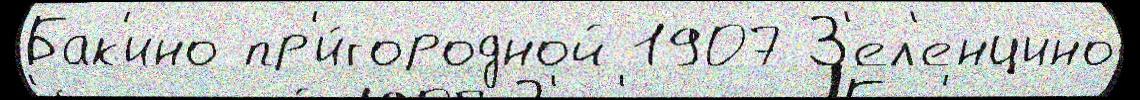
Бак'ино пр'и́городной 1907 З'ел'енцино